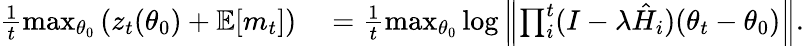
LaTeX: \begin{array}{rl}{\frac{1}{t}\operatorname*{max}_{\theta_{0}}\left(z_{t}(\theta_{0})+\mathbb{E}[m_{t}]\right)}&{{}=\frac{1}{t}\operatorname*{max}_{\theta_{0}}\log\left\| \prod_{i}^{t}(I-\lambda\hat{H}_{i})(\theta_{t}-\theta_{0})\right\| .}\end{array}